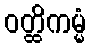
ဝတ္ထိကမ္မံ